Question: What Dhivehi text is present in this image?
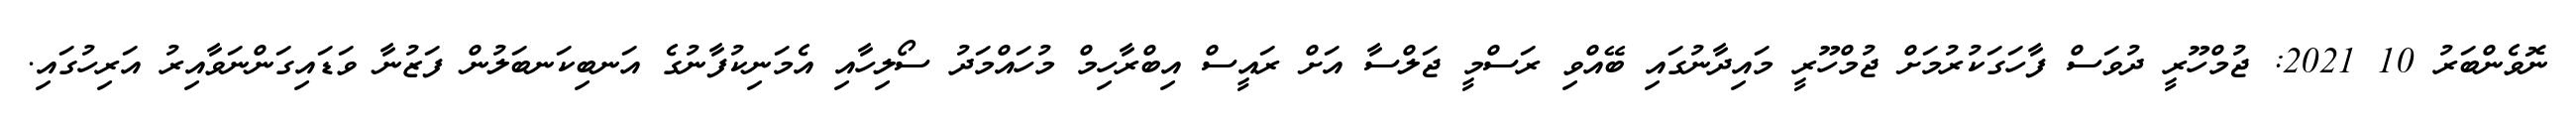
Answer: ނޮވެންބަރު 10 2021: ޖުމްހޫރީ ދުވަސް ފާހަގަކުރުމަށް ޖުމްހޫރީ މައިދާނުގައި ބޭއްވި ރަސްމީ ޖަލްސާ އަށް ރައީސް އިބްރާހިމް މުހައްމަދު ސޯލިހާއި އެމަނިކުފާނުގެ އަނބިކަނބަލުން ފަޒުނާ ވަޑައިގަންނަވާއިރު އަރިހުގައި.